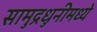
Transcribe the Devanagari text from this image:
सामुद्रधुनीमध्ये